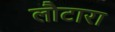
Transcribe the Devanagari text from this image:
लौटारा